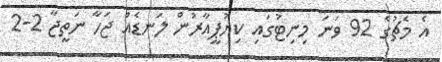
އެ މެޗުގެ 92 ވަނަ މިނިޓުގައި ކިޔުޕީއާރުން ލަނޑެއް ޖަހާ ނަތީޖާ 2-2